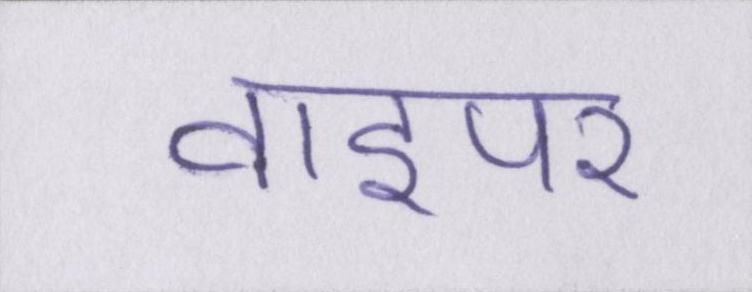
वाइपर